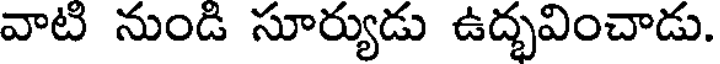
వాటి నుండి సూర్యుడు ఉద్భవించాడు.